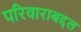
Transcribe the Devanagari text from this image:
परिवाराबद्दल